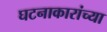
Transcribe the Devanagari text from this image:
घटनाकारांच्या